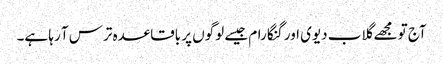
آج تو مجھے گلاب دیوی اور گنگا رام جیسے لوگوں پر باقاعدہ ترس آ رہا ہے۔